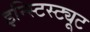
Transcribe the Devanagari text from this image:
इन्स्टिस्ट्यूट